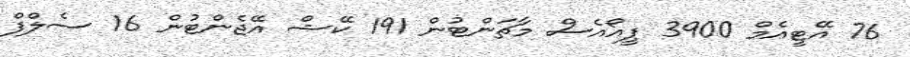
76 އޭޓީއެމް 3900 ޕީއޯއެސް މާޗަންޓުން 191 ކޭޝް އޭޖެންޓުން 16 ސެލްފް